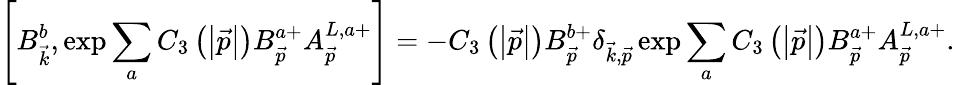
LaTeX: \left[B_{\vec{k}}^{b},\exp\sum_{a}C_{3}\left(\left|\vec{p}\right|\right)B_{\vec{p}}^{a+}A_{\vec{p}}^{L,a+}\right]=-C_{3}\left(\left|\vec{p}\right|\right)B_{\vec{p}}^{b+}\delta_{\vec{k},\vec{p}}\exp\sum_{a}C_{3}\left(\left|\vec{p}\right|\right)B_{\vec{p}}^{a+}A_{\vec{p}}^{L,a+}.